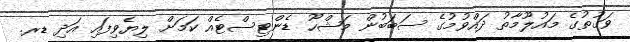
ވަގުތުގެ މައުލޫމާތު ދައްވުމުގެ ސަބަބުން މަޝްހޫ ޑެންޓިސްޓެއް ކަމަށް ލިޔެވިފައި އަދި ޑރ.